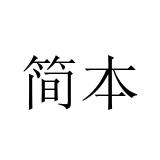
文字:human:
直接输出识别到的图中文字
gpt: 简本